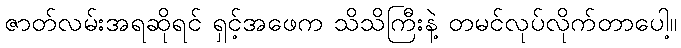
ဇာတ်လမ်းအရဆိုရင် ရှင့်အဖေက သိသိကြီးနဲ့ တမင်လုပ်လိုက်တာပေါ့။